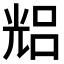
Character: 𠒦